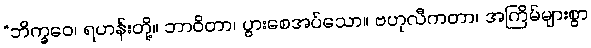
“ဘိက္ခဝေ၊ ရဟန်းတို့။ ဘာဝိတာ၊ ပွားစေအပ်သော။ ဗဟုလီကတာ၊ အကြိမ်များစွာ